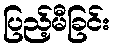
ပြည့်မီခြင်း